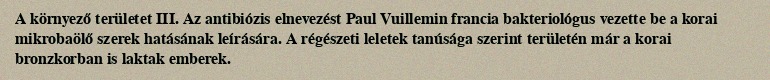
A környező területet III. Az antibiózis elnevezést Paul Vuillemin francia bakteriológus vezette be a korai mikrobaölő szerek hatásának leírására. A régészeti leletek tanúsága szerint területén már a korai bronzkorban is laktak emberek.